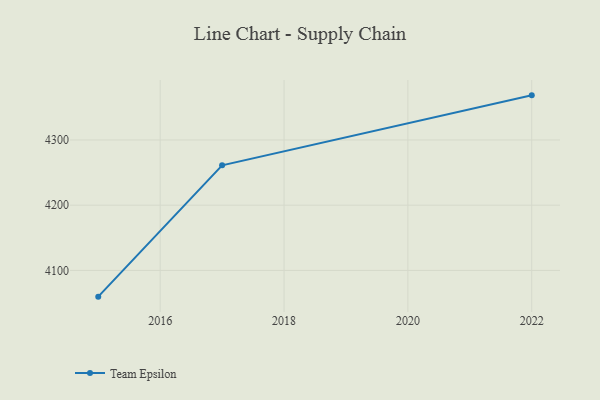
{"axis": {"x": "Year", "y": "Headcount"}, "legend": ["Team Epsilon"], "data": [{"x": "2015", "y": 4059.8, "type": "Team Epsilon"}, {"x": "2017", "y": 4261.1, "type": "Team Epsilon"}, {"x": "2022", "y": 4368.4, "type": "Team Epsilon"}]}